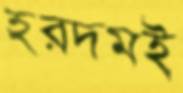
হরদমই